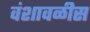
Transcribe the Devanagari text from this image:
वंशावळीस